Account of plague administration in the Bombay Presidency from September 1896 till May 1897
Year: 1896
Disease focus: Plague
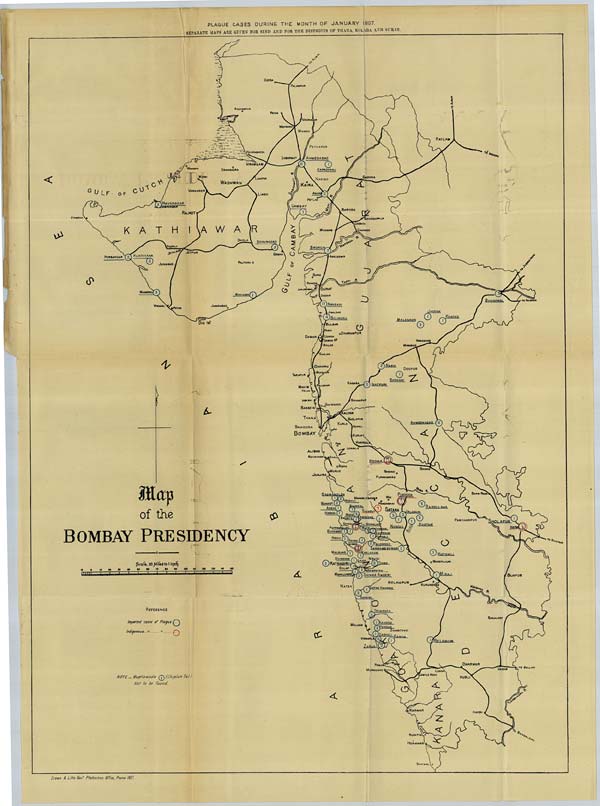
PLAGUE CASES DURING THE MONTH OF JANUARY 1897.
SEPARATE MAPS ARE GIVEN FOR SIND AND FOR THE DISTRICTS OF THANA, KOLABA AND SURAT.
Drawn & Litho: Govt. Photozinco: Office, Poona 1897.